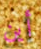
أين